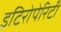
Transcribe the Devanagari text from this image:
इटिरोपेरिटी